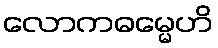
လောကဓမ္မေဟိ